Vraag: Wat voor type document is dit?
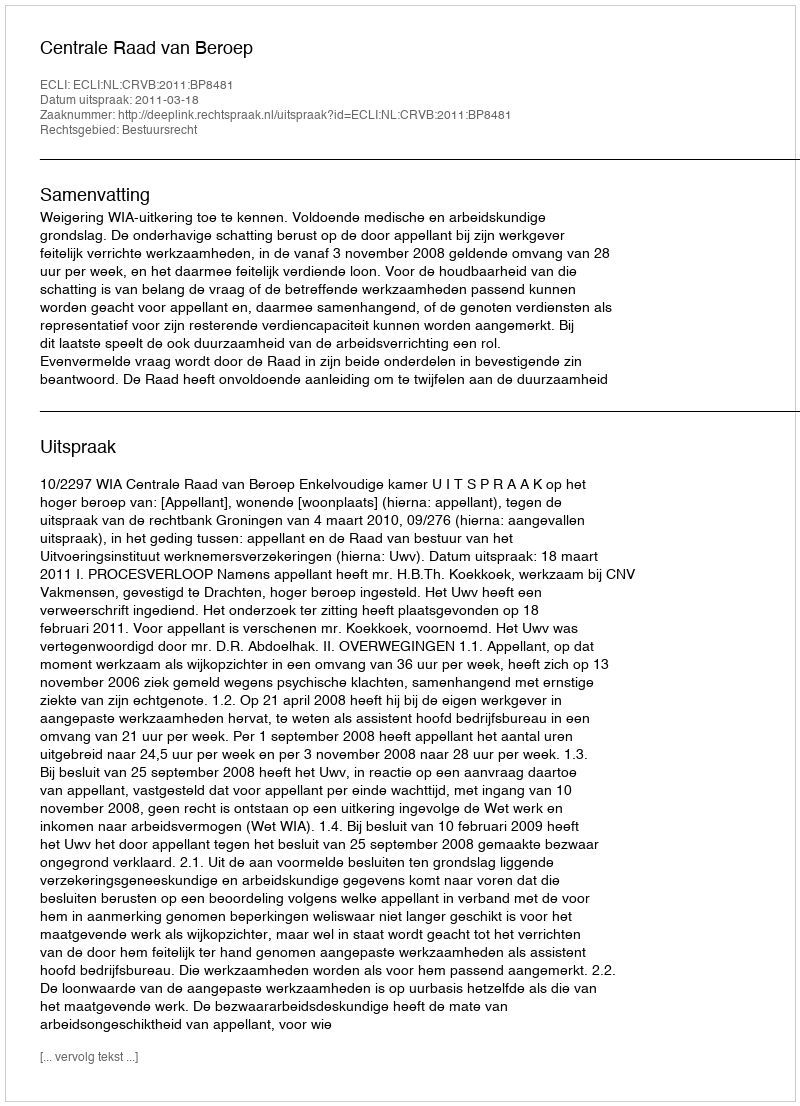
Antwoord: Uitspraak